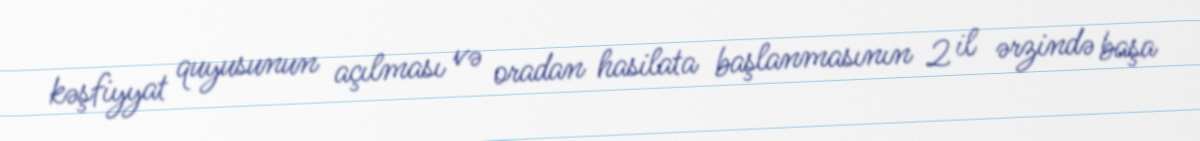
kəşfiyyat quyusunun açılması və oradan hasilata başlanmasının 2 il ərzində başa